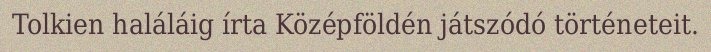
Tolkien haláláig írta Középföldén játszódó történeteit.